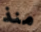
منذ